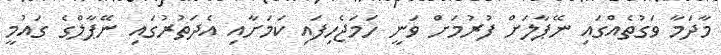
މާދަމާ ވަގުތެއްގައި ނޭޕާލަށް ފުރުމަށް ވަނީ ހަމަޖެހިފައި ކަމަށާއި އެދަތުރުގައި ނޭޕާލްގެ ގައުމީ